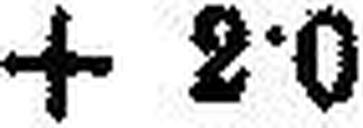
+ 2·0